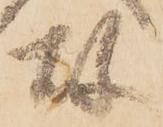
故